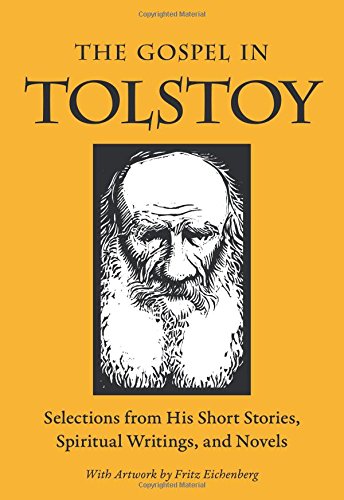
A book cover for The Gospel in Tolstoy: Selections from His Short Stories, Spiritual Writings & Novels; Leo Tolstoy; Christian Books & Bibles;